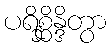
ပရိစ္ဆိန္ဒိတွာ